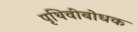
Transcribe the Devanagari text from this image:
पृथिवीबोधक